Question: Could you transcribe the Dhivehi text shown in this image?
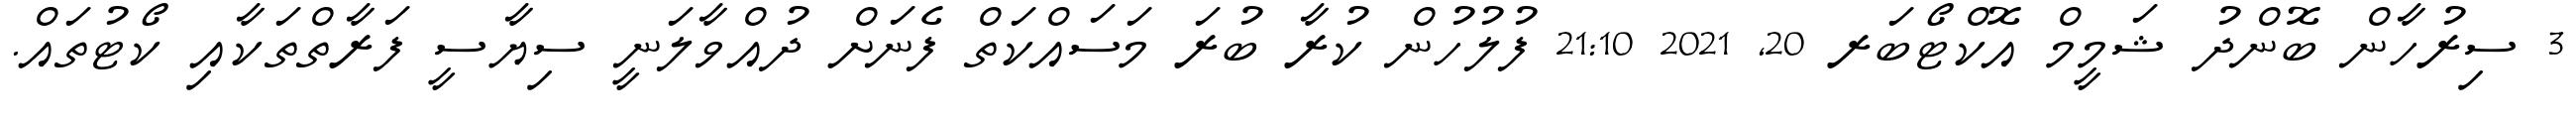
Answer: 3 ސިރުހާން ބޮންދު ޝަމީމް އޮކްޓޯބަރ 20, 2021 21:10 ފުލުހުން ކުރާ ބުރަ މަސައްކަތް ފެނަށް ދުއްވާލަނީ ސިޔާސީ ފަރާތްތަކާއި ކޯޓުތައް.